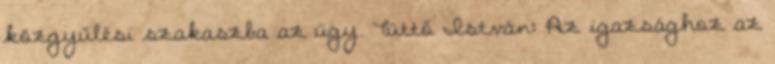
közgyűlési szakaszba az ügy. Tüttő István: Az igazsághoz az